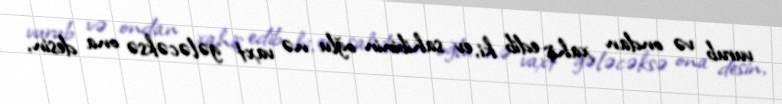
vurub və ondan xahiş edib ki, ev sahibinin oğlu nə vaxt gələcəksə ona desin,